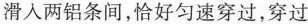
滑入两铝条间，恰好匀速穿过，穿过